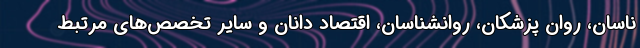
ناسان، روان پزشکان، روانشناسان، اقتصاد دانان و سایر تخصص‌های مرتبط